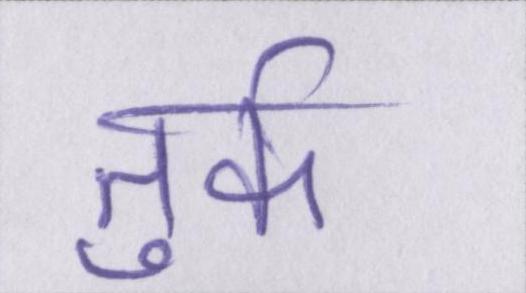
तुर्क